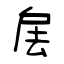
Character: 㧁